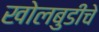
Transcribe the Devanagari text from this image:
खोलबुडीचे